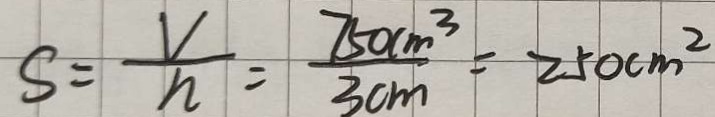
S = \frac { V } { n } = \frac { 7 5 0 c m ^ { 3 } } { 3 c m } = 2 5 0 c m ^ { 2 }